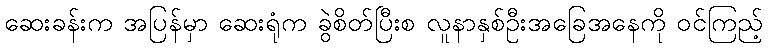
ဆေးခန်းက အပြန်မှာ ဆေးရုံက ခွဲစိတ်ပြီးစ လူနာနှစ်ဦးအခြေအနေကို ဝင်ကြည့်